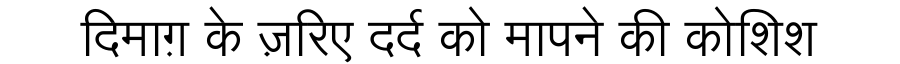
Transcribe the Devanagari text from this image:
दिमाग़ के ज़रिए दर्द को मापने की कोशिश